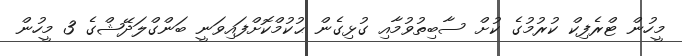
މީހުން ޓްރެފިކް ކުރުމުގެ ކުށް ސާބިތުވުމާއި ގުޅިގެން ޙުކުމްކޮށްފައިވަނީ ބަންގްލަދޭޝްގެ 3 މީހުން